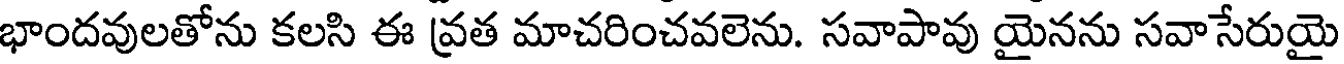
భాందవులతోను కలసి ఈ వ్రత మాచరించవలెను. సవాపావు యైనను సవాసేరుయై